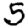
Digit: 5